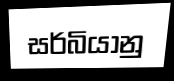
සර්බියානු